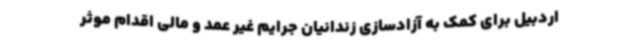
اردبیل برای کمک به آزادسازی زندانیان جرایم غیر عمد و مالی اقدام موثر